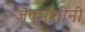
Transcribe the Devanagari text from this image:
जैवमशीनी